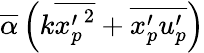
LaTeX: \overline{{\alpha}}\left(k\overline{{{x_{p}^{\prime}}^{2}}}+\overline{{x_{p}^{\prime}u_{p}^{\prime}}}\right)